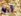
أريد